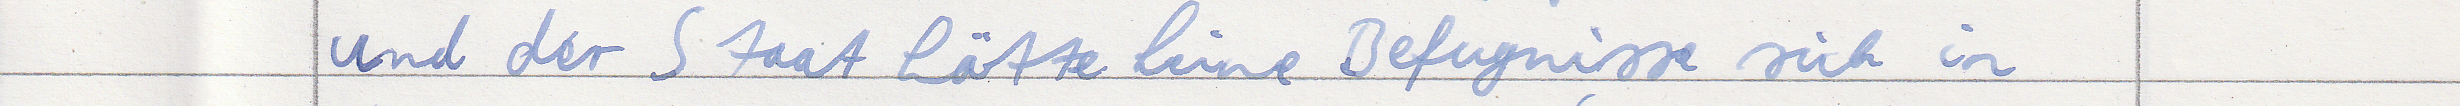
und der Staat hätte keine Befugnisse sich in